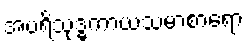
အပရိသုဒ္ဓကာယသမာစာရော